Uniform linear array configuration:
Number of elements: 8
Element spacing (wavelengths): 1
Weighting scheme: exponential
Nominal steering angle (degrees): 60
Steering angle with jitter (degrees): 59.808
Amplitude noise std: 0.05
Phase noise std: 0.05

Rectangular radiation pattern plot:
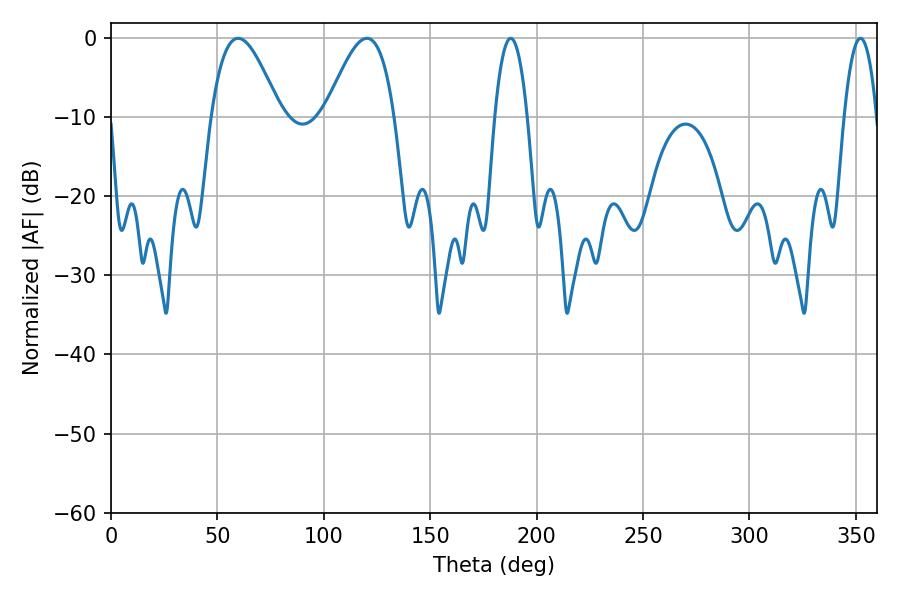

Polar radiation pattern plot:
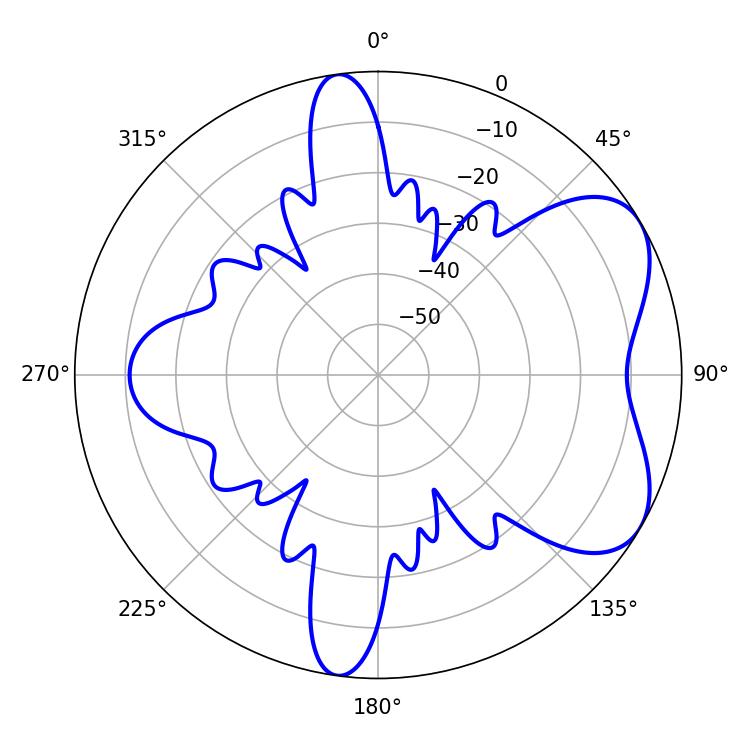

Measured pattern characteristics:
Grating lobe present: TRUE
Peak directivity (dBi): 5.765
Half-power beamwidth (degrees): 17.46
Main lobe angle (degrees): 59.76